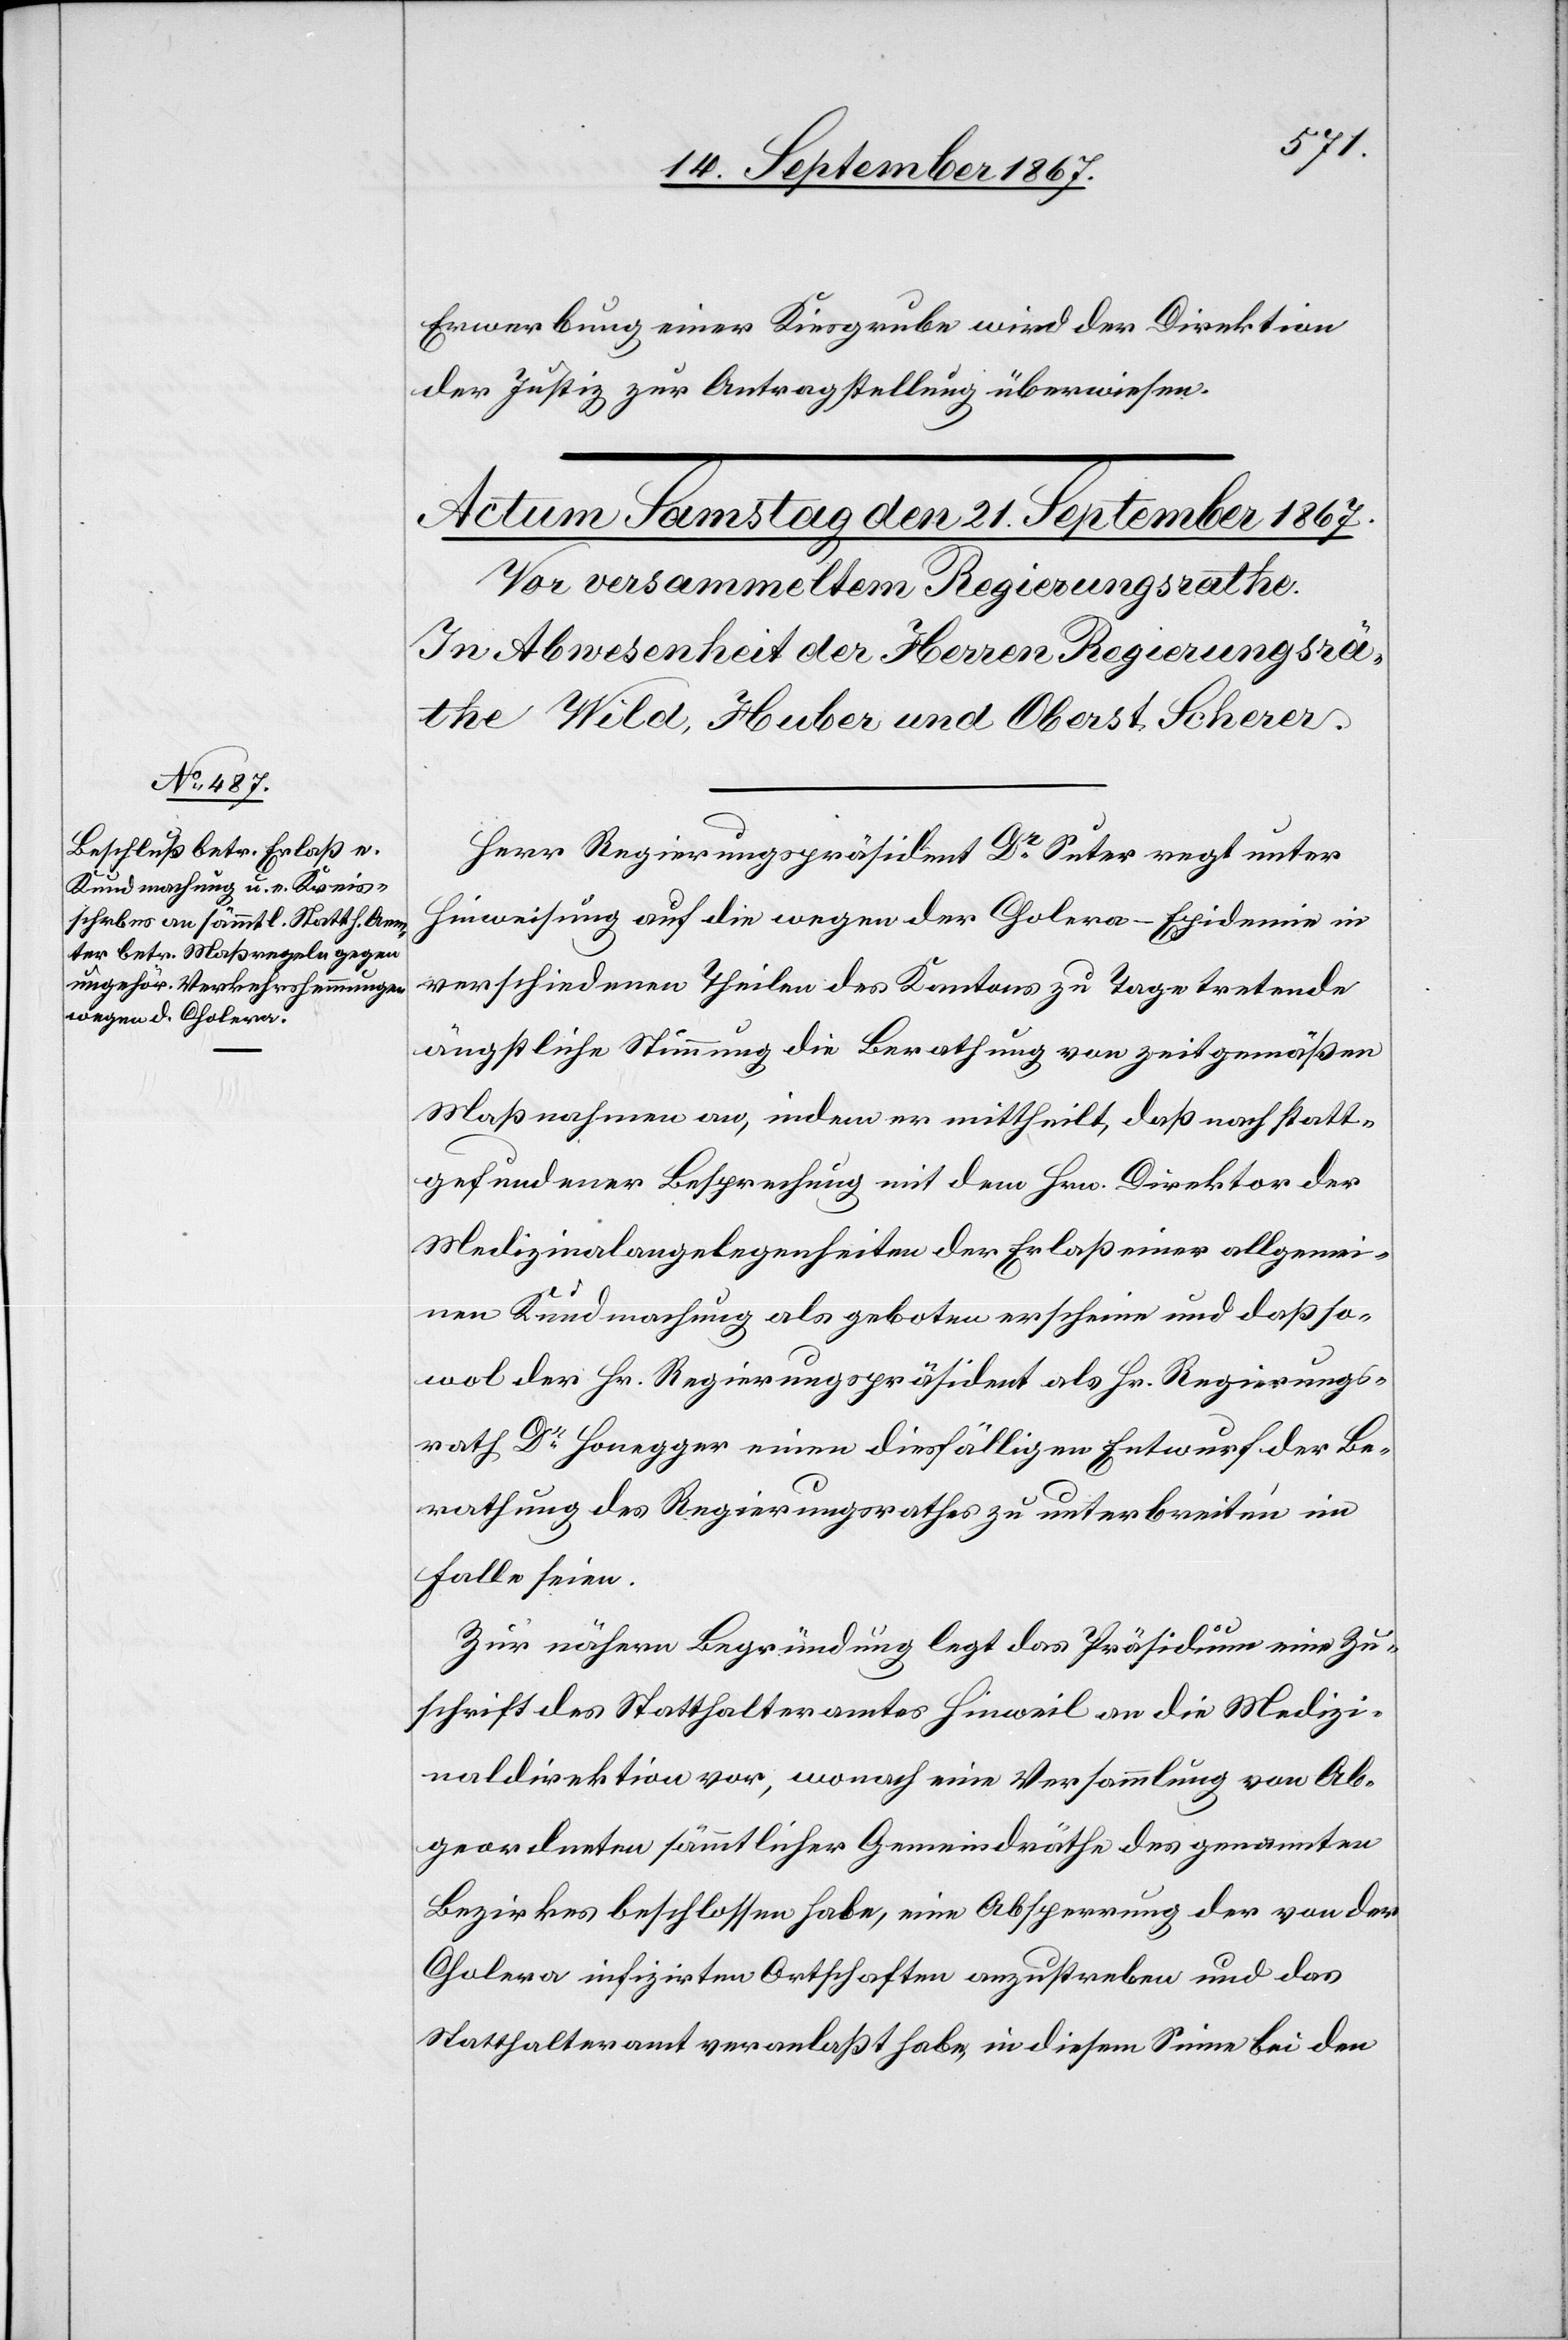
Erwerbung einer Kiesgrube wird der Direktion
der Justiz zur Antragstellung überwiesen.
Herr Regierungspräsident Dr. Suter regt unter
Hinweisung auf die wegen der Cholera-Epidemie in
verschiedenen Theilen des Kantons zu Tage tretende
ängstliche Stimmung die Berathung von zeigemäßen
Maßregeln an, indem er mittheilt, daß nach statt¬
gefundener Besprechung mit dem Hrn. Direktor der
Medizinalangelegenheiten der Erlaß einer allgemei¬
nen Kundmachung als geboten erscheine und daß so¬
wol der Hr. Regierungspräsident als Hr. Regierungs¬
rath Dr. Honegger einen diesfälligen Entwurf der Be¬
rathung des Regierungsrathes zu unterbreiten im
Falle seien.
Zur nähern Begründung legt das Präsidium eine Zu¬
schrift des Statthalteramtes Hinweil an die Medizi¬
naldirektion vor, wonach eine Versammlung von Ab¬
geordneten sämmtlicher Gemeindräthe des genannten
Bezirkes beschlossen habe, eine Absperrung der von der
Cholera infizirten Ortschaften anzustreben und das
Statthalteramt veranlaßt habe, in diesem Sinne bei den